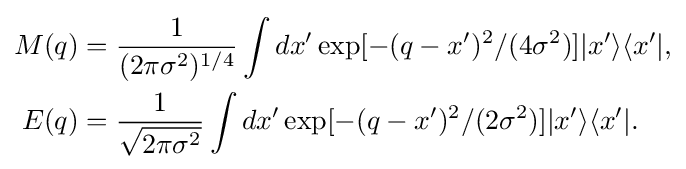
{\begin{aligned}M(q)&={\frac {1}{(2\pi \sigma ^{2})^{1/4}}}\int dx'\exp[-(q-x')^{2}/(4\sigma ^{2})]|x'\rangle \langle x'|,\\E(q)&={\frac {1}{\sqrt {2\pi \sigma ^{2}}}}\int dx'\exp[-(q-x')^{2}/(2\sigma ^{2})]|x'\rangle \langle x'|.\end{aligned}}